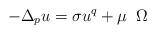
LaTeX: \begin{align*}-\Delta_{p} u = \sigma u^{q} +\mu \;\; \Omega\end{align*}